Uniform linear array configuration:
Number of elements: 8
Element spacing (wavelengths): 0.5
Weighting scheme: cosine
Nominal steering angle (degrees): -45
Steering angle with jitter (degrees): -46.095
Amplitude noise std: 0.05
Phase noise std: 0.05

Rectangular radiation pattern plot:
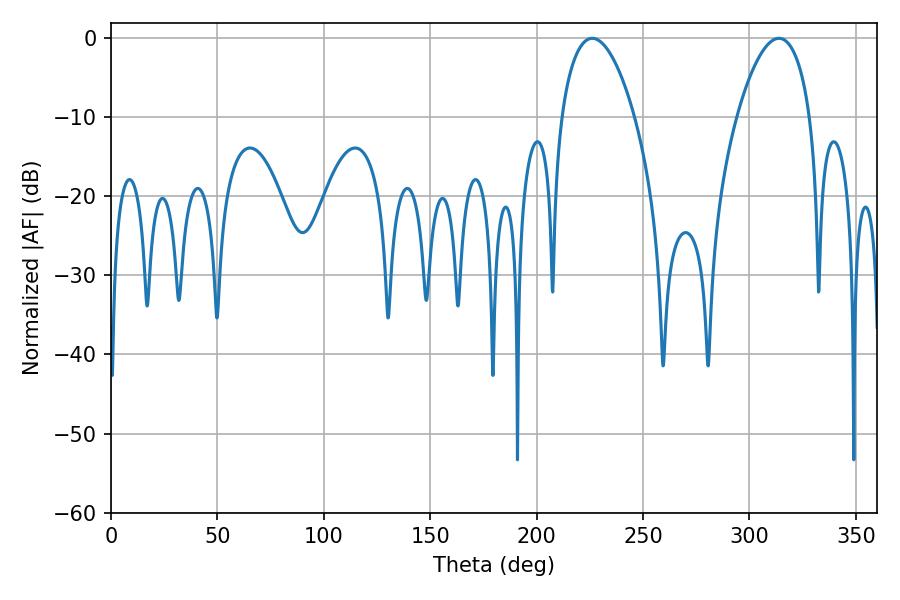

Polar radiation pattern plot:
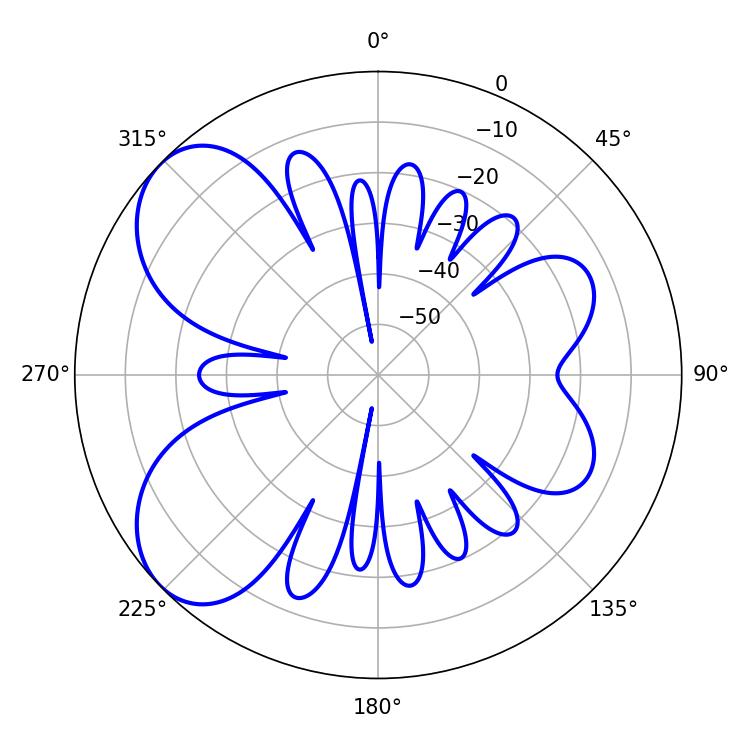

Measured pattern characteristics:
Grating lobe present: FALSE
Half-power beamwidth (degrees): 19.26
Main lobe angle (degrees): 226.08